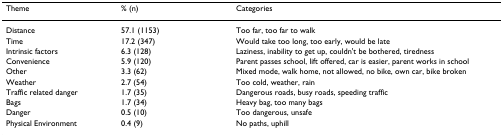
<table><thead><tr><td><b>Theme</b></td><td><b>% (n)</b></td><td><b>Categories</b></td></tr></thead><tbody><tr><td>Distance</td><td>57.1 (1153)</td><td>Too far, too far to walk</td></tr><tr><td>Time</td><td>17.2 (347)</td><td>Would take too long, too early, would be late</td></tr><tr><td>Intrinsic factors</td><td>6.3 (128)</td><td>Laziness, inability to get up, couldn&#x27;t be bothered, tiredness</td></tr><tr><td>Convenience</td><td>5.9 (120)</td><td>Parent passes school, lift offered, car is easier, parent works in school</td></tr><tr><td>Other</td><td>3.3 (62)</td><td>Mixed mode, walk home, not allowed, no bike, own car, bike broken</td></tr><tr><td>Weather</td><td>2.7 (54)</td><td>Too cold, weather, rain</td></tr><tr><td>Traffic related danger</td><td>1.7 (35)</td><td>Dangerous roads, busy roads, speeding traffic</td></tr><tr><td>Bags</td><td>1.7 (34)</td><td>Heavy bag, too many bags</td></tr><tr><td>Danger</td><td>0.5 (10)</td><td>Too dangerous, unsafe</td></tr><tr><td>Physical Environment</td><td>0.4 (9)</td><td>No paths, uphill</td></tr></tbody></table>